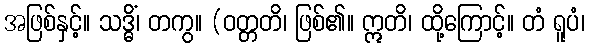
အဖြစ်နှင့်။ သဒ္ဓိံ၊ တကွ။ (ဝတ္တတိ၊ ဖြစ်၏။ ဣတိ၊ ထို့ကြောင့်။ တံ ရူပံ၊